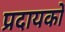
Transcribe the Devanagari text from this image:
प्रदायकों